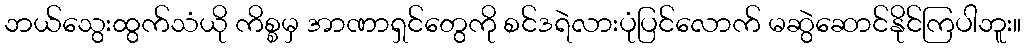
ဘယ်သွေးထွက်သံယို ကိစ္စမှ အာဏာရှင်တွေကို စင်ဒရဲလားပုံပြင်လောက် မဆွဲဆောင်နိုင်ကြပါဘူး။